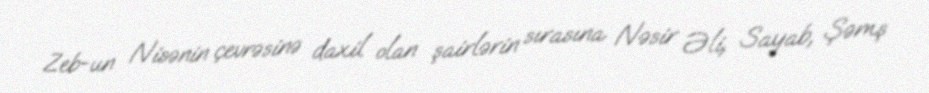
Zeb-un Nisənin çevrəsinə daxil olan şairlərin sırasına Nəsir Əli, Sayab, Şəmş